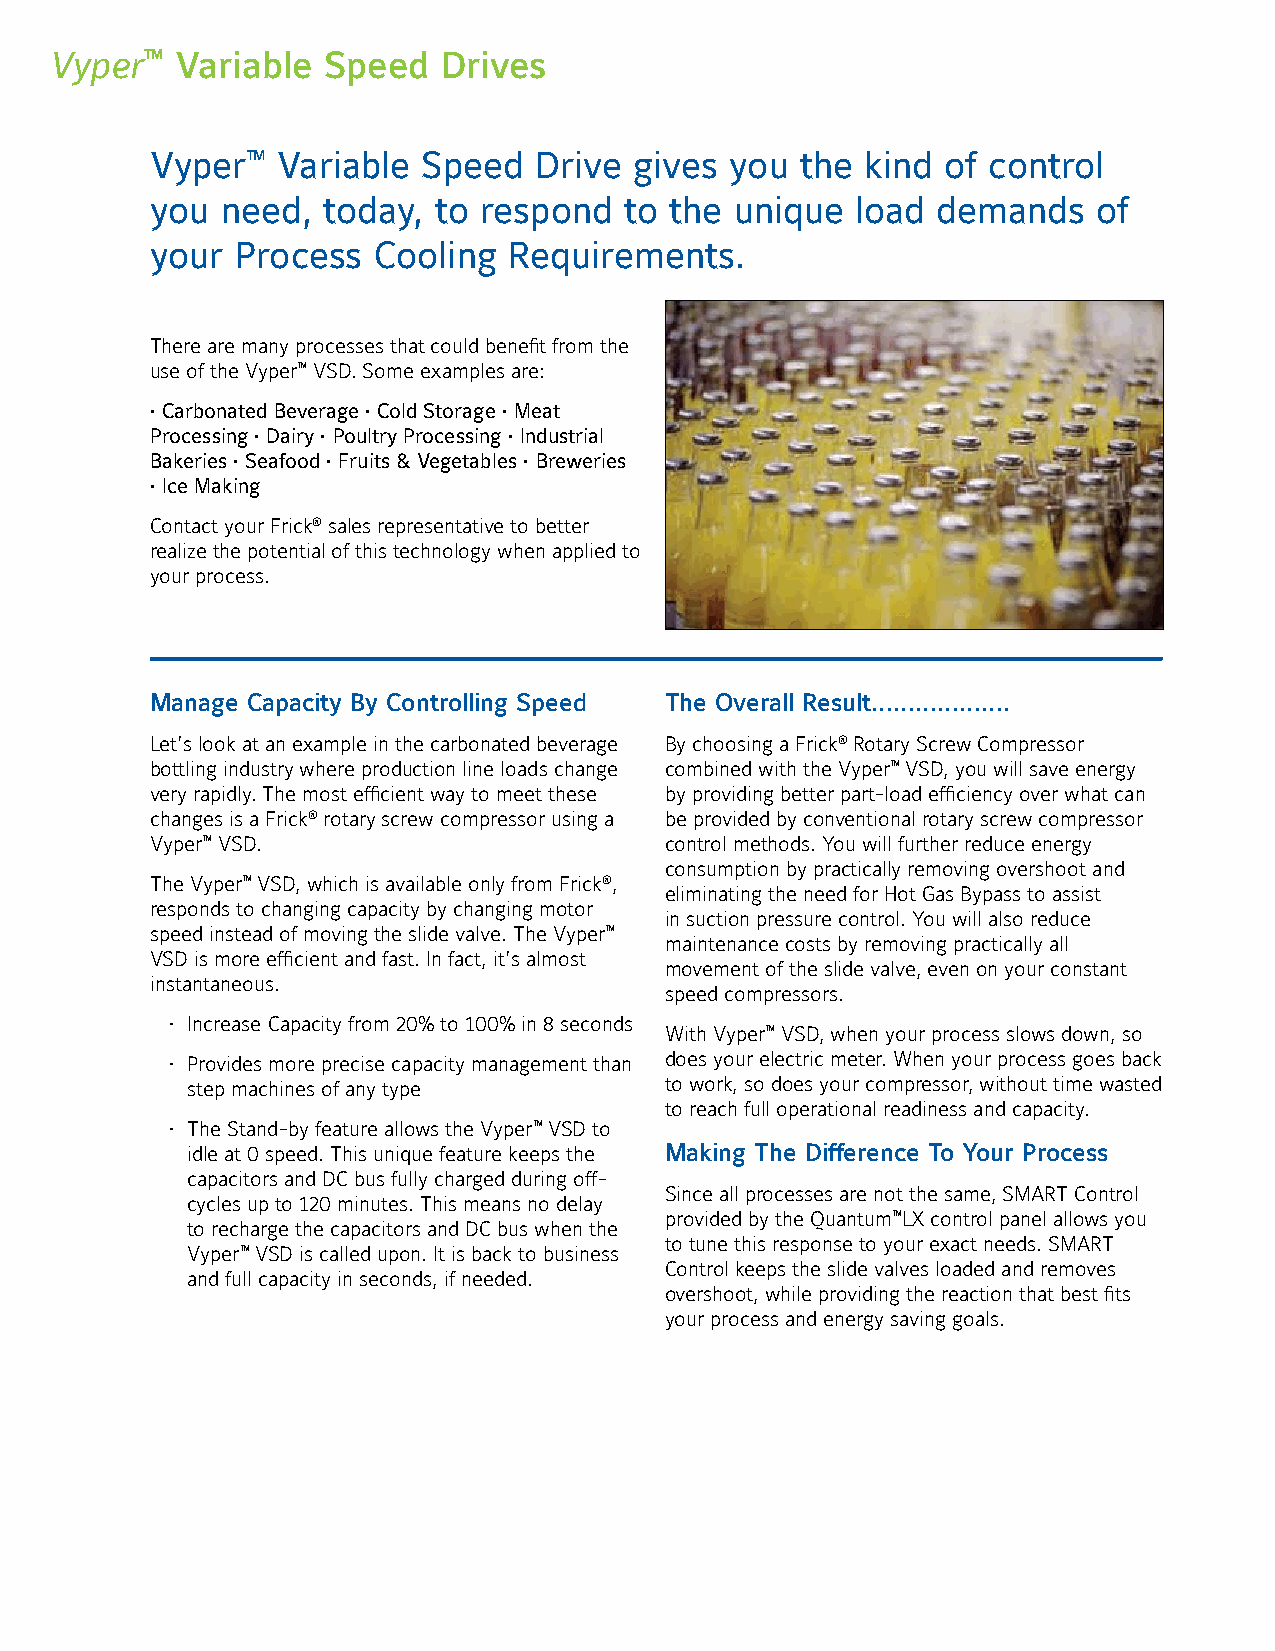
Vyper™   Variable Speed   Drives
 Vyper™  Variable  Speed  Drive  gives you  the kind  of control
 you  need, today,  to respond  to the  unique  load demands    of
 your  Process  Cooling  Requirements.
 There are many processes that could benefit from the
 use of the Vyper™ VSD. Some examples are:
 • Carbonated Beverage • Cold Storage • Meat
 Processing • Dairy • Poultry Processing • Industrial
 Bakeries • Seafood • Fruits & Vegetables • Breweries
 • Ice Making
 Contact your Frick® sales representative to better
 realize the potential of this technology when applied to
 your process.
 Manage Capacity By Controlling Speed The Overall Result……………….
 Let’s look at an example in the carbonated beverage By choosing a Frick® Rotary Screw Compressor
 bottling industry where production line loads change combined with the Vyper™ VSD, you will save energy
 very rapidly. The most efficient way to meet these by providing better part-load efficiency over what can
 changes is a Frick® rotary screw compressor using a be provided by conventional rotary screw compressor
 Vyper™ VSD.                       control methods. You will further reduce energy
 consumption by practically removing overshoot and
 The Vyper™ VSD, which is available only from Frick®,
 eliminating the need for Hot Gas Bypass to assist
 responds to changing capacity by changing motor
 in suction pressure control. You will also reduce
 speed instead of moving the slide valve. The Vyper™
 maintenance costs by removing practically all
 VSD is more efficient and fast. In fact, it’s almost
 movement of the slide valve, even on your constant
 instantaneous.
 speed compressors.
 • Increase Capacity from 20% to 100% in 8 seconds
 With Vyper™ VSD, when your process slows down, so
 • Provides more precise capacity management than does your electric meter. When your process goes back
 step machines of any type       to work, so does your compressor, without time wasted
 to reach full operational readiness and capacity.
 • The Stand-by feature allows the Vyper™ VSD to
 idle at 0 speed. This unique feature keeps the Making The Difference To Your Process
 capacitors and DC bus fully charged during off-
 Since all processes are not the same, SMART Control
 cycles up to 120 minutes. This means no delay
 provided by the Quantum™LX control panel allows you
 to recharge the capacitors and DC bus when the
 to tune this response to your exact needs. SMART
 Vyper™ VSD is called upon. It is back to business
 Control keeps the slide valves loaded and removes
 and full capacity in seconds, if needed.
 overshoot, while providing the reaction that best fits
 your process and energy saving goals.